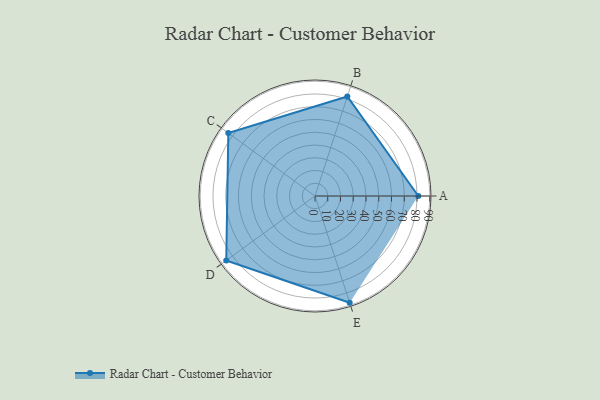
{"axis": {"x": "Skill", "y": "Score"}, "legend": ["Profile"], "data": [{"x": "A", "y": 81.0, "type": "Profile"}, {"x": "B", "y": 82.0, "type": "Profile"}, {"x": "C", "y": 84.0, "type": "Profile"}, {"x": "D", "y": 86.0, "type": "Profile"}, {"x": "E", "y": 88.0, "type": "Profile"}]}